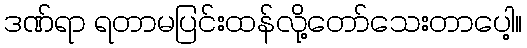
ဒဏ်ရာ ရတာမပြင်းထန်လို့တော်သေးတာပေါ့။